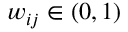
w _ { i j } \in ( 0 , 1 )